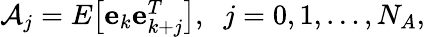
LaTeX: \begin{array}{r}{\mathcal{A}_{j}=E\big[\mathbf{e}_{k}\mathbf{e}_{k+j}^{T}\big],\; \; j=0,1,\ldots,N_{A},}\end{array}